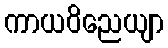
ကာယဝိညေယျာ